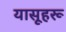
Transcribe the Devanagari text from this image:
यासूहरू